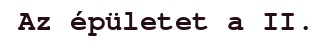
Az épületet a II.